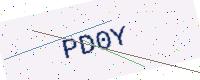
Text: PD0Y